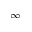
\infty